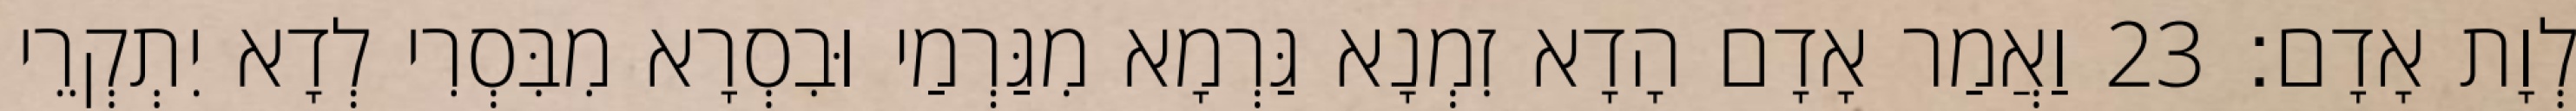
לְוָת אָדָם׃ 23 וַאֲמַר אָדָם הָדָא זִמְנָא גַּרְמָא מִגַּרְמַי וּבִסְרָא מִבִּסְרִי לְדָא יִתְקְרֵי